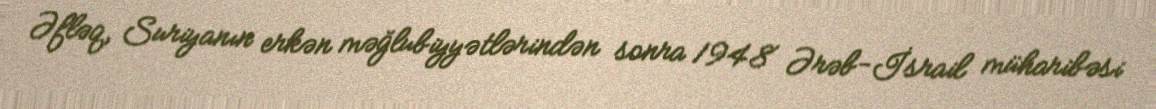
Əfləq, Suriyanın erkən məğlubiyyətlərindən sonra 1948 Ərəb-İsrail müharibəsi